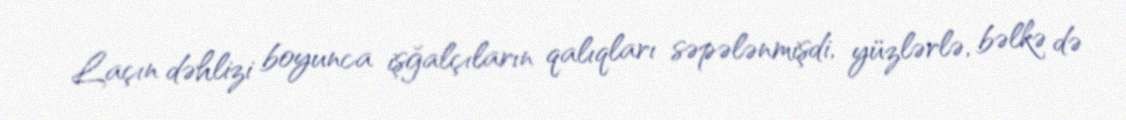
Laçın dəhlizi boyunca işğalçıların qalıqları səpələnmişdi, yüzlərlə, bəlkə də